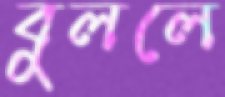
বুললে